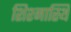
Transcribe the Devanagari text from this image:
शिश्नास्थि